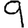
Digit: 9